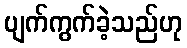
ပျက်ကွက်ခဲ့သည်ဟု